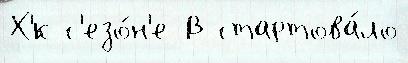
Х'́к с'езо́н'е В стартова́ло